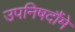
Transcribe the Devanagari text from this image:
उपनिषदौंमे